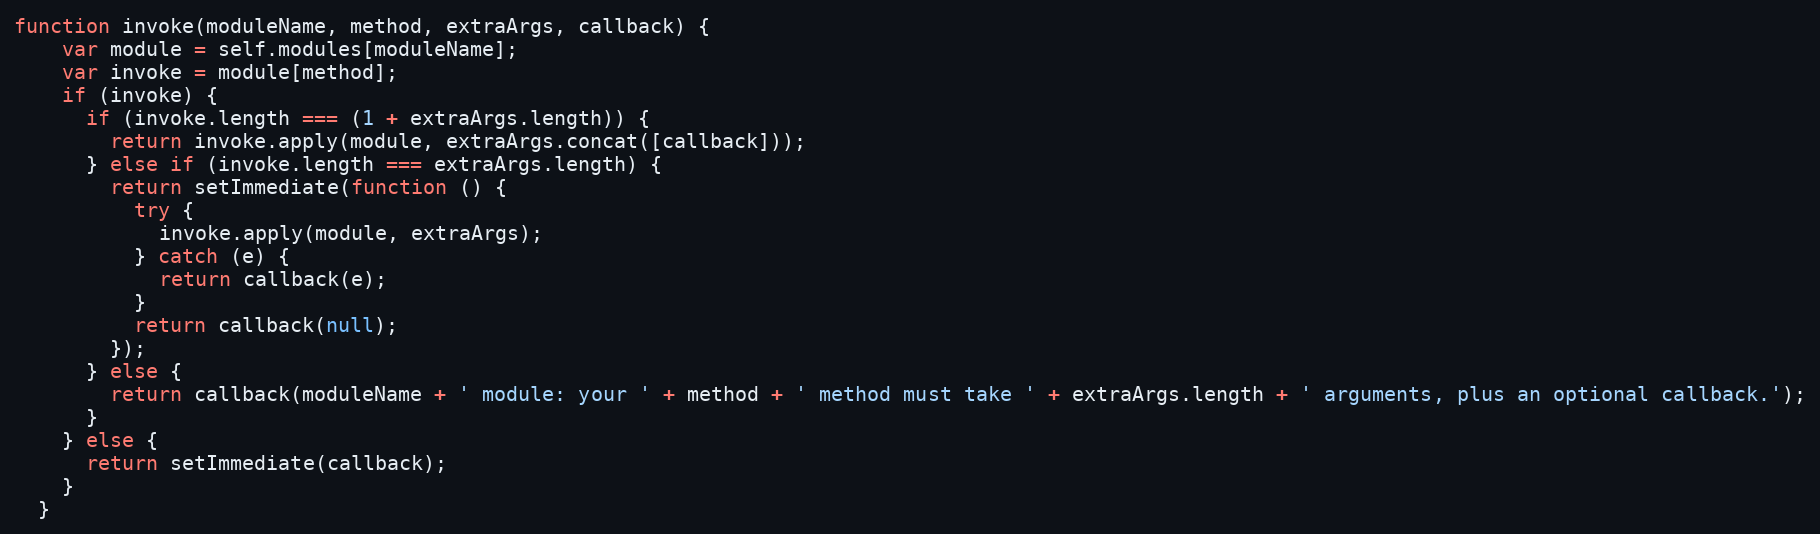
Language: JavaScript
function invoke(moduleName, method, extraArgs, callback) {
    var module = self.modules[moduleName];
    var invoke = module[method];
    if (invoke) {
      if (invoke.length === (1 + extraArgs.length)) {
        return invoke.apply(module, extraArgs.concat([callback]));
      } else if (invoke.length === extraArgs.length) {
        return setImmediate(function () {
          try {
            invoke.apply(module, extraArgs);
          } catch (e) {
            return callback(e);
          }
          return callback(null);
        });
      } else {
        return callback(moduleName + ' module: your ' + method + ' method must take ' + extraArgs.length + ' arguments, plus an optional callback.');
      }
    } else {
      return setImmediate(callback);
    }
  }